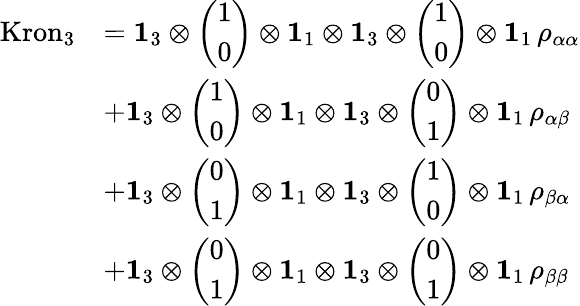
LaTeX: \begin{array}{rl}{\mathrm{Kron}_{3}}&{=\mathbf{1}_{3}\otimes\left(\begin{array}{l}{1}\\ {0}\end{array}\right)\otimes\mathbf{1}_{1}\otimes\mathbf{1}_{3}\otimes\left(\begin{array}{l}{1}\\ {0}\end{array}\right)\otimes\mathbf{1}_{1}\, \rho_{\alpha\alpha}}\\ &{+\mathbf{1}_{3}\otimes\left(\begin{array}{l}{1}\\ {0}\end{array}\right)\otimes\mathbf{1}_{1}\otimes\mathbf{1}_{3}\otimes\left(\begin{array}{l}{0}\\ {1}\end{array}\right)\otimes\mathbf{1}_{1}\, \rho_{\alpha\beta}}\\ &{+\mathbf{1}_{3}\otimes\left(\begin{array}{l}{0}\\ {1}\end{array}\right)\otimes\mathbf{1}_{1}\otimes\mathbf{1}_{3}\otimes\left(\begin{array}{l}{1}\\ {0}\end{array}\right)\otimes\mathbf{1}_{1}\, \rho_{\beta\alpha}}\\ &{+\mathbf{1}_{3}\otimes\left(\begin{array}{l}{0}\\ {1}\end{array}\right)\otimes\mathbf{1}_{1}\otimes\mathbf{1}_{3}\otimes\left(\begin{array}{l}{0}\\ {1}\end{array}\right)\otimes\mathbf{1}_{1}\, \rho_{\beta\beta}}\end{array}